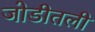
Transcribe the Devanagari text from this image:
जोडीतली